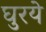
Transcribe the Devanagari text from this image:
घुरये